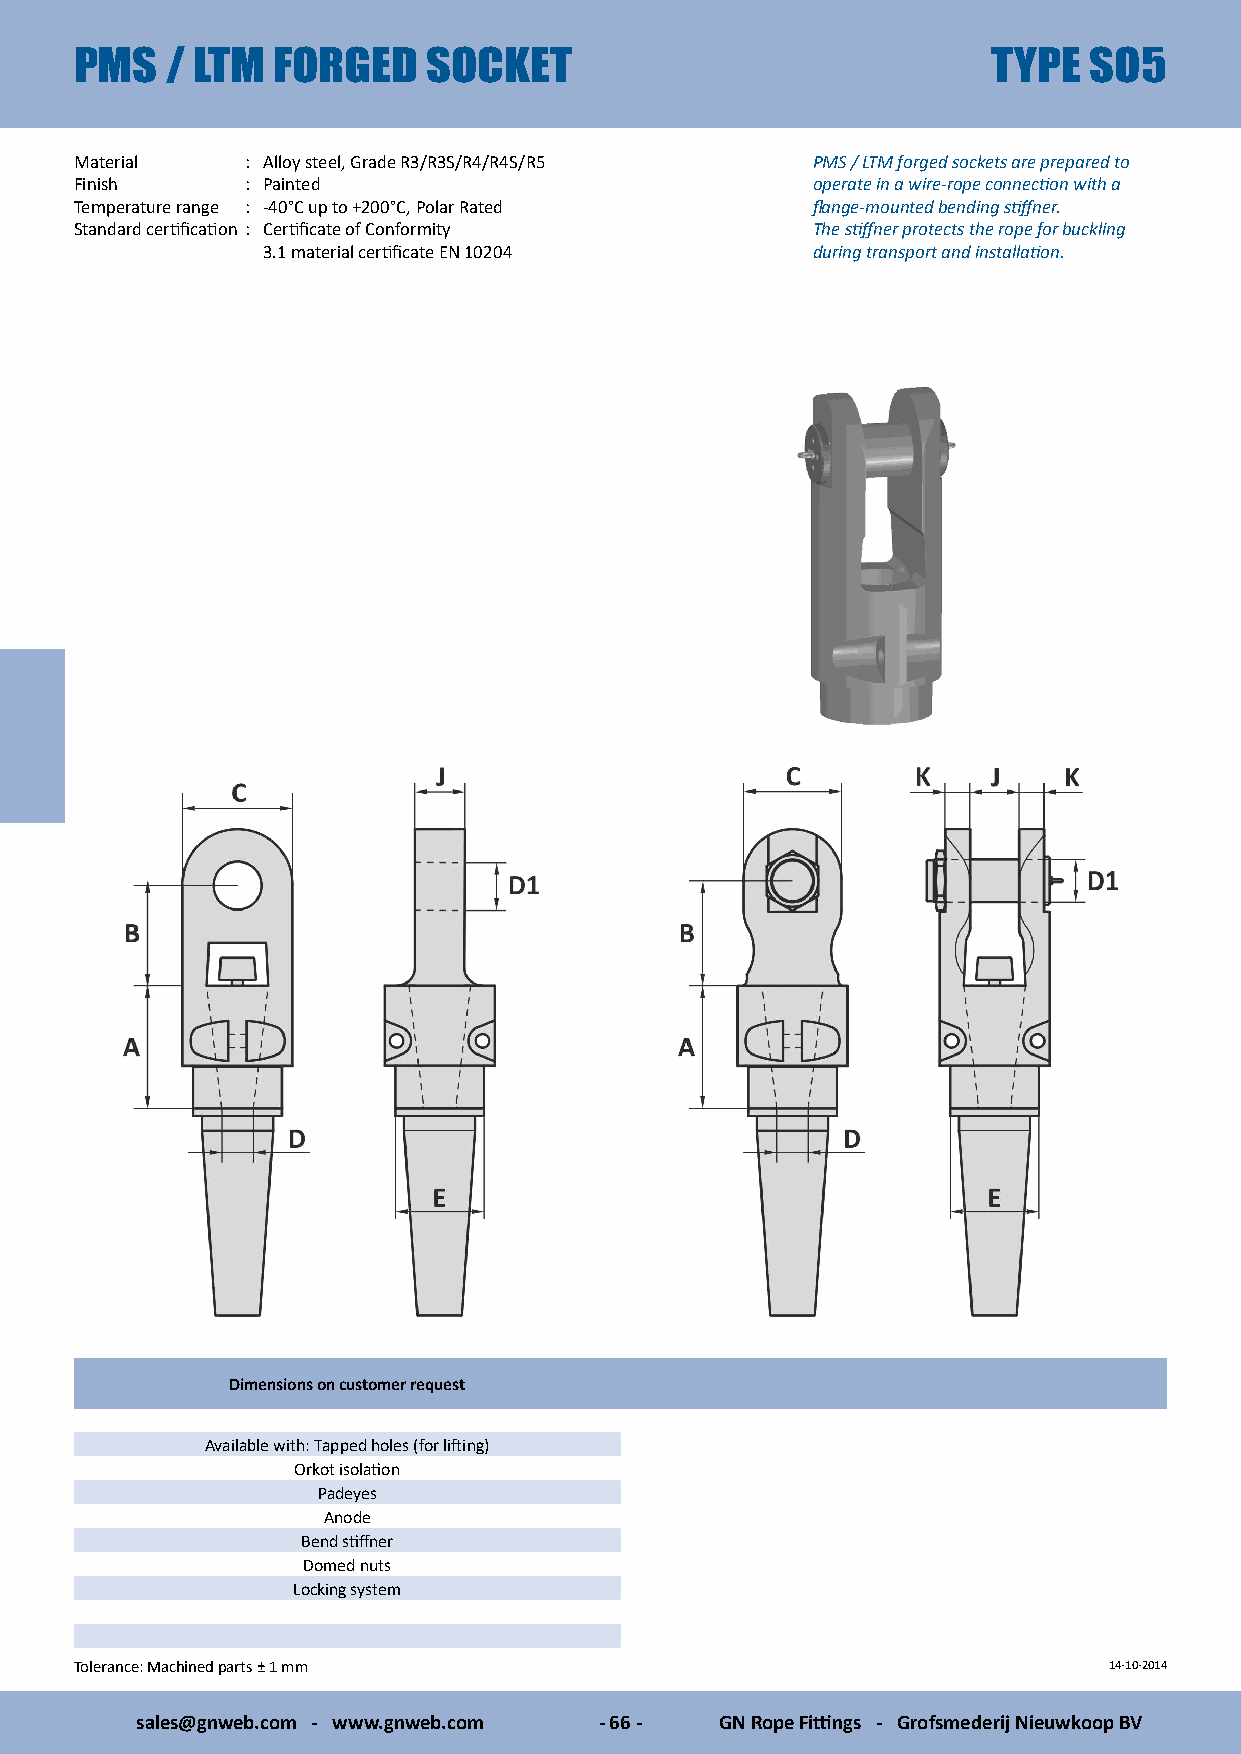
PMS   / LTM  FORGED    SOCKET                                TYPE  SO5
 Material   : Alloy steel, Grade R3/R3S/R4/R4S/R5 PMS / LTM forged sockets are prepared to
 Finish     : Painted                             operate in a wire-rope connection with a
 Temperature range : -40°C up to +200°C, Polar Rated flange-mounted bending stiffner.
 Standard certification : Certificate of Conformity The stiffner protects the rope for buckling
 3.1 material certificate EN 10204    during transport and installation.
 Dimensions on customer request
 Available with: Tapped holes (for lifting)
 Orkot isolation
 Padeyes
 Anode
 Bend stiffner
 Domed nuts
 Locking system
 Tolerance: Machined parts ± 1 mm                                    14-10-2014
 sales@gnweb.com - www.gnweb.com - 66 - GN Rope Fittings - Grofsmederij Nieuwkoop BV